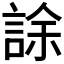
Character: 𧧶